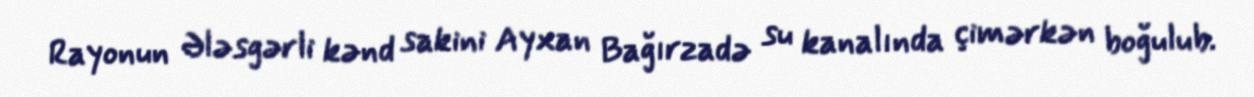
Rayonun Ələsgərli kənd sakini Ayxan Bağırzadə su kanalında çimərkən boğulub.